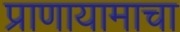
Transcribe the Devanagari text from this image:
प्राणायामाचा